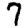
Digit: 7